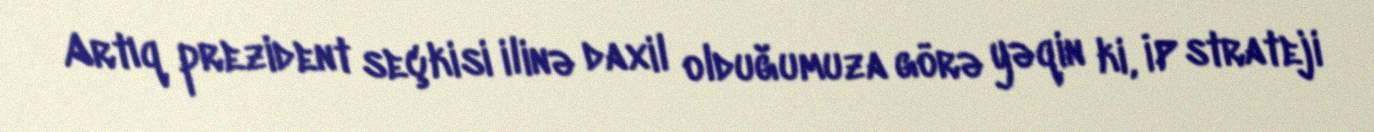
Artıq prezident seçkisi ilinə daxil olduğumuza görə yəqin ki, İP strateji